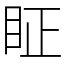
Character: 眐